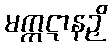
မက္ကဋာနဉှိ